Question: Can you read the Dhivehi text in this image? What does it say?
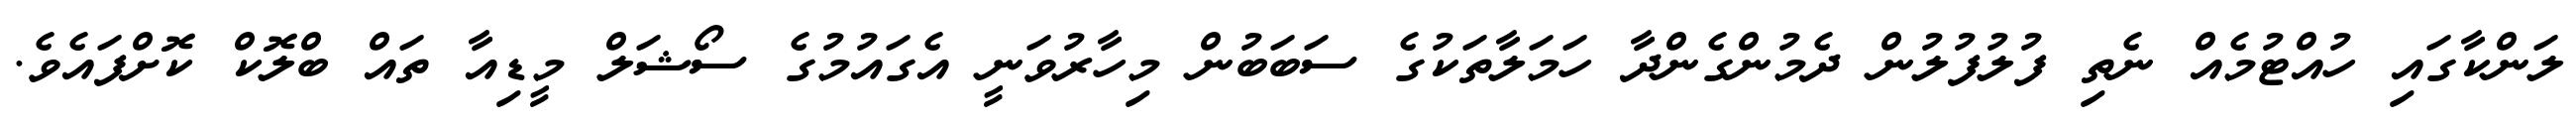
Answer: ލަންކާގައި ހުއްޓުމެއް ނެތި ފުލުފުލުން ދެމުންގެންދާ ހަމަލާތަކުގެ ސަބަބުން މިހާރުވަނީ އެގައުމުގެ ސޯޝަލް މީޑިއާ ތައް ބްލޮކް ކޮށްފައެވެ.